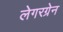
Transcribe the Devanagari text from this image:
लेगरग्रेन